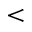
<